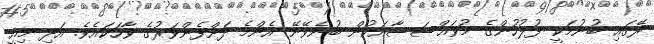
ރޭގައި ބުނުމަކީ ފުލުހުންގެ މުވައްސަސާއަކުން ބުނެވޭނޭ އެންމެ ދަށްފެންވަރުގެ ވާހަކައެވެ. އަދި މިއީ